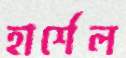
হার্শেল